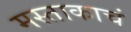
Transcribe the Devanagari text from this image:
मस्ताकाचं